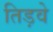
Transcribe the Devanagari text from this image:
तिड़वे